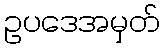
ဥပဒေအမှတ်